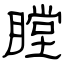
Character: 瞠